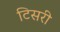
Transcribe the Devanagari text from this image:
टिसरी